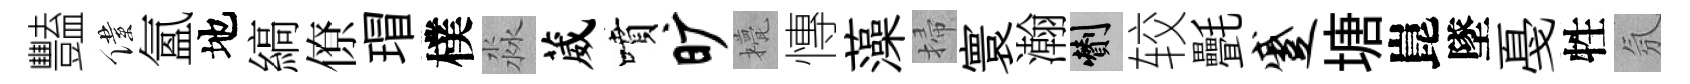
豔僕氳地縞僚瑁樸淼葳噴旷甍慱藻掃寰瀚剪较㲲蹙塘崑墜戞牲氛